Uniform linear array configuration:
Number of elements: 12
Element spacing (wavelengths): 0.75
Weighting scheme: uniform
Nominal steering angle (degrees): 15
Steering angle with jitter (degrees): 13.26
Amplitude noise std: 0.05
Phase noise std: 0.05

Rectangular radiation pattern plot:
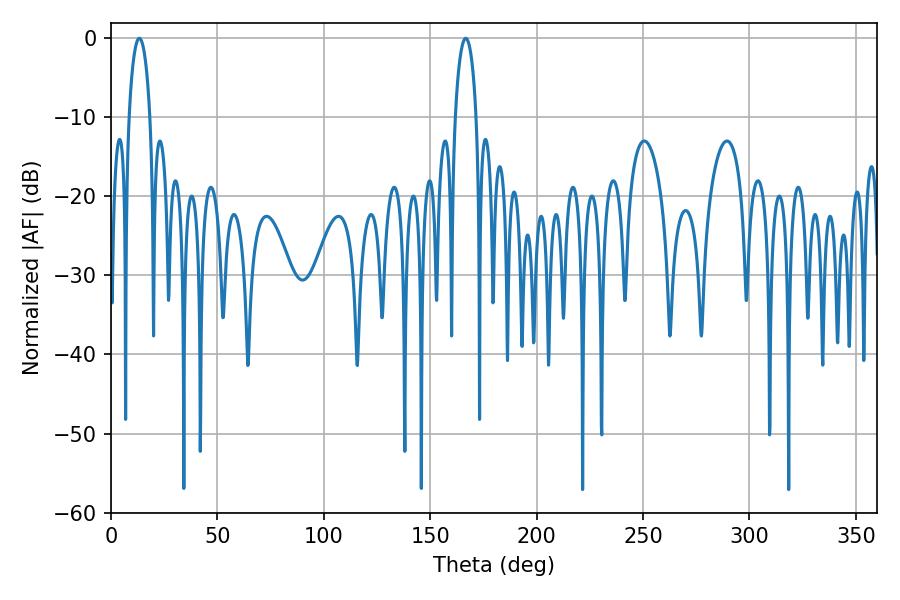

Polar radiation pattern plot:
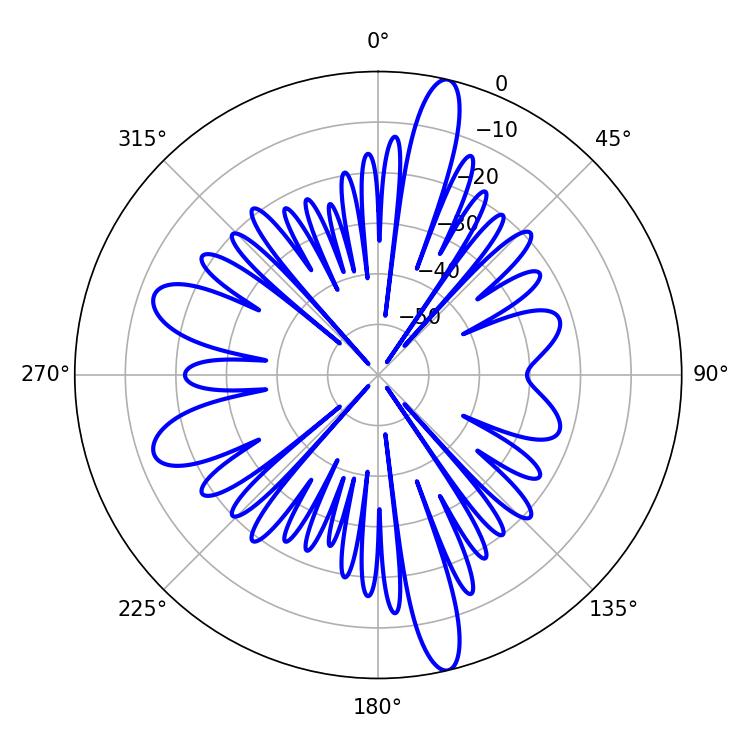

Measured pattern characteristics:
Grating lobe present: TRUE
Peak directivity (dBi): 17.671
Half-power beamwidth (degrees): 5.76
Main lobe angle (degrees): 13.32